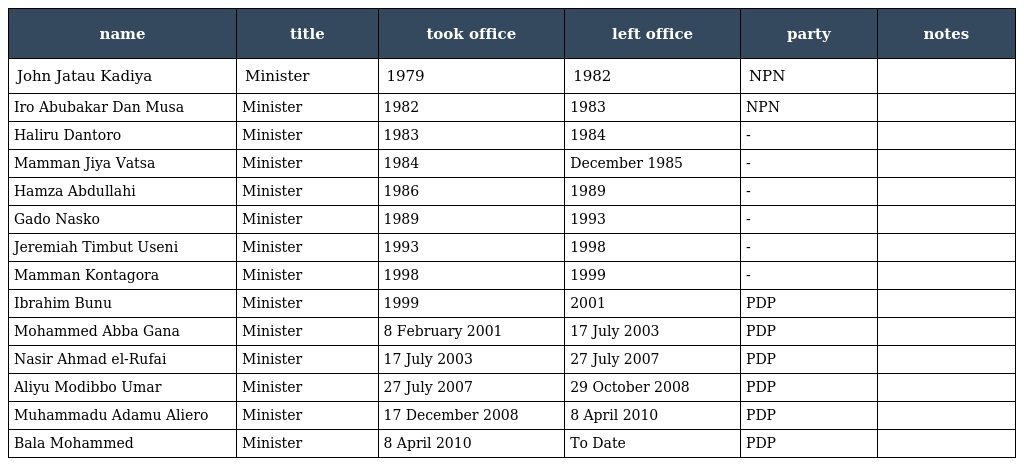
| name | title | took office | left office | party | notes |
 | --- | --- | --- | --- | --- | --- |
 | John Jatau Kadiya | Minister | 1979 | 1982 | NPN |  |
 | Iro Abubakar Dan Musa | Minister | 1982 | 1983 | NPN |  |
 | Haliru Dantoro | Minister | 1983 | 1984 | - |  |
 | Mamman Jiya Vatsa | Minister | 1984 | December 1985 | - |  |
 | Hamza Abdullahi | Minister | 1986 | 1989 | - |  |
 | Gado Nasko | Minister | 1989 | 1993 | - |  |
 | Jeremiah Timbut Useni | Minister | 1993 | 1998 | - |  |
 | Mamman Kontagora | Minister | 1998 | 1999 | - |  |
 | Ibrahim Bunu | Minister | 1999 | 2001 | PDP |  |
 | Mohammed Abba Gana | Minister | 8 February 2001 | 17 July 2003 | PDP |  |
 | Nasir Ahmad el-Rufai | Minister | 17 July 2003 | 27 July 2007 | PDP |  |
 | Aliyu Modibbo Umar | Minister | 27 July 2007 | 29 October 2008 | PDP |  |
 | Muhammadu Adamu Aliero | Minister | 17 December 2008 | 8 April 2010 | PDP |  |
 | Bala Mohammed | Minister | 8 April 2010 | To Date | PDP |  |